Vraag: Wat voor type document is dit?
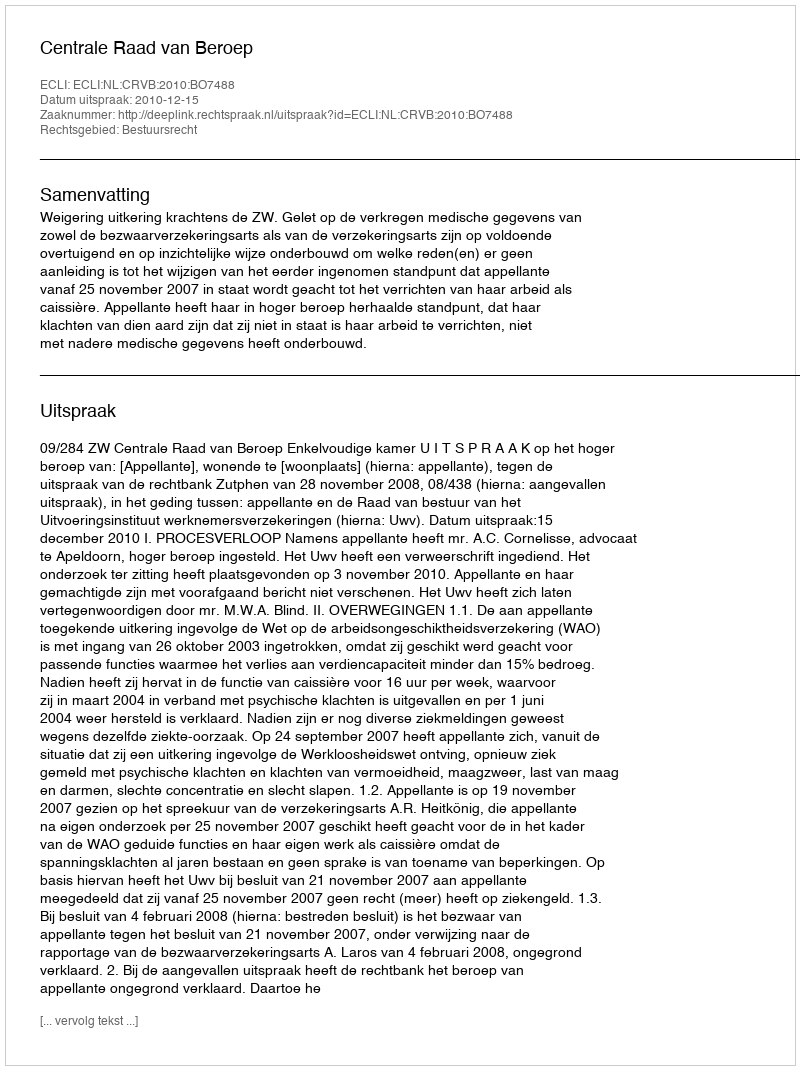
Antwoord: Uitspraak